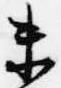
未